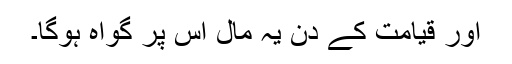
اور قیامت کے دن یہ مال اس پر گواہ ہوگا۔